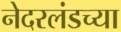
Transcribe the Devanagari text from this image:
नेदरलंडच्या